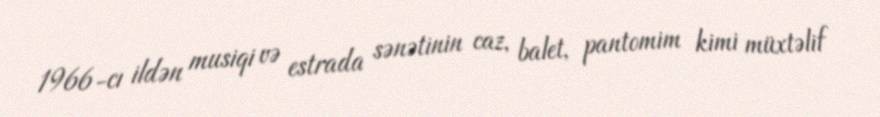
1966-cı ildən musiqi və estrada sənətinin caz, balet, pantomim kimi müxtəlif